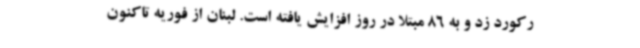
رکورد زد و به 86 مبتلا در روز افزایش یافته است. لبنان از فوریه تاکنون